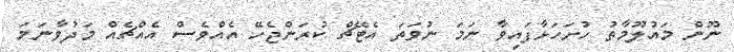
ނޫން މައުލޫމާތު ހުށަހަޅާފައިވާ ނަމަ ނުވަތަ އެޓޭޗް ކުރަންޖެހޭ އެއްވެސް އެއްޗެއް މަދުވާނަމަ